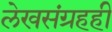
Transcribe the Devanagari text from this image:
लेखसंग्रहही